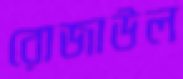
রোজাউল